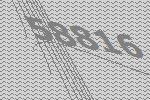
58816